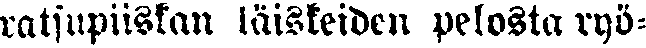
ratsupiiskan läisteiden pelosta ryö-